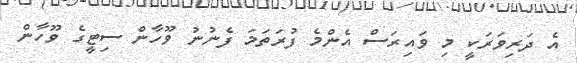
އެ ދަރިވަރަކީ މި ވައިރަސް އެންމެ ފުރަތަމަ ފެނުނު ވޫހާން ސިޓީގެ ވޫހާން